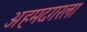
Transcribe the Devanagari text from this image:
अहमदगरला